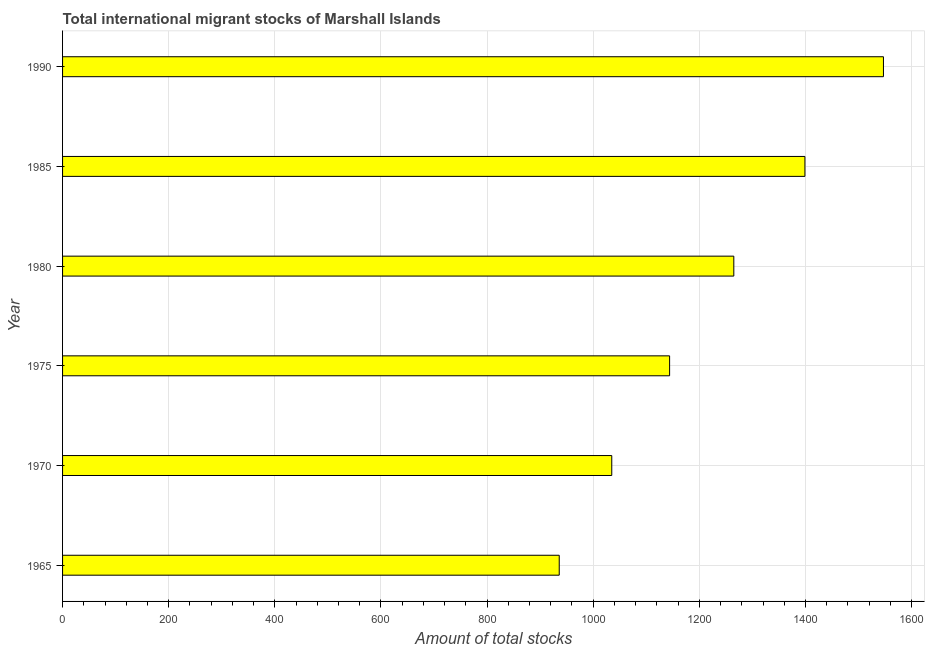
| Year | International migrant stock |
 | --- | --- |
 | 1965 | 936 |
 | 1970 | 1.04e+03 |
 | 1975 | 1.14e+03 |
 | 1980 | 1.26e+03 |
 | 1985 | 1.4e+03 |
 | 1990 | 1.55e+03 |